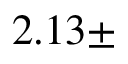
2 . 1 3 \pm